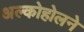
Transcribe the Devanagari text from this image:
अल्कोहोलने